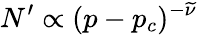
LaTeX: N^{\prime}\propto(p-p_{c})^{-\widetilde\nu}